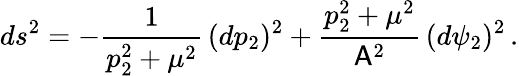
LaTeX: ds^{2}=-\frac{1}{p_{2}^{2}+\mu^{2}}\, (dp_{2})^{2}+\frac{p_{2}^{2}+\mu^{2}}{\mathsf{A}^{2}}\, (d\psi_{2})^{2}\, .